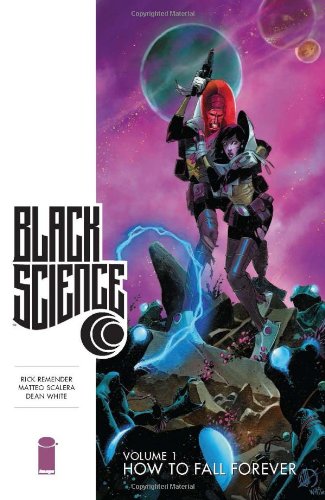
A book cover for Black Science Volume 1: How to Fall Forever; Rick Remender; Comics & Graphic Novels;